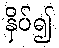
နှိပ်၍